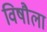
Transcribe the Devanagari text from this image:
विषौला